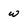
Character: w